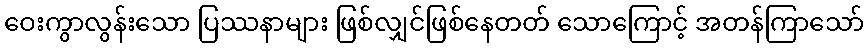
ဝေးကွာလွန်းသော ပြဿနာများ ဖြစ်လျှင်ဖြစ်နေတတ် သောကြောင့် အတန်ကြာသော်